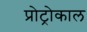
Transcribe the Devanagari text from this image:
प्रोट्रोकाल